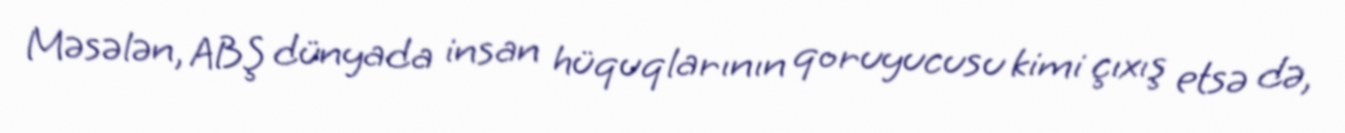
Məsələn, ABŞ dünyada insan hüquqlarının qoruyucusu kimi çıxış etsə də,